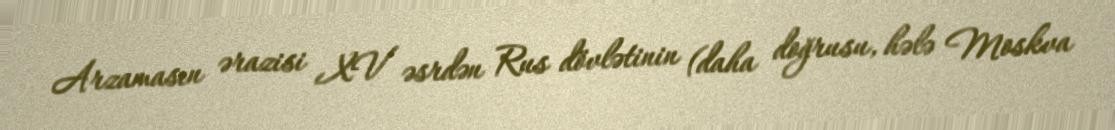
Arzamasın ərazisi XV əsrdən Rus dövlətinin (daha doğrusu, hələ Moskva